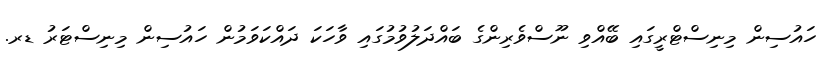
ހައުސިން މިނިސްޓްރީގައި ބޭއްވި ނޫސްވެރިންގެ ބައްދަލުވުމުގައި ވާހަކަ ދައްކަވަމުން ހައުސިން މިނިސްޓަރު ޑރ.